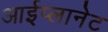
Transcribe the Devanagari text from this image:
आईप्लानेट